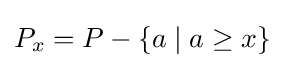
P_{x}=P-\{a\mid a\geq x\}